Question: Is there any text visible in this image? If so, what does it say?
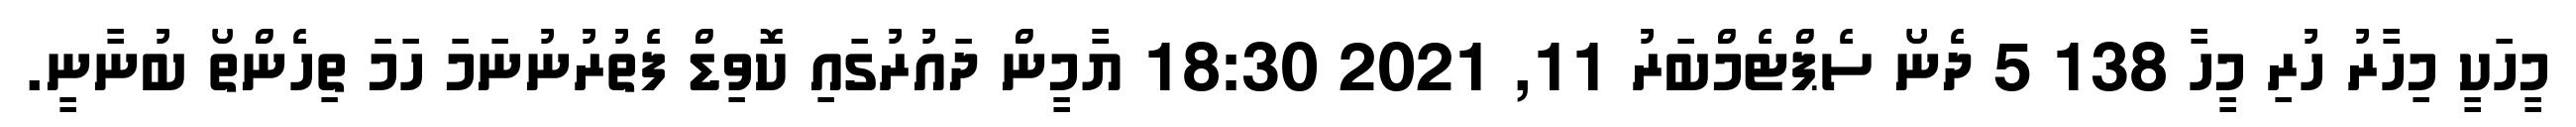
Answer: މީހަކީ މިހާރު ހުރި މީހާ 138 5 ދެނޯ ސެޕްޓެމްބަރު 11, 2021 18:30 ޔާމީން ދައުރުގައި ކޮވިޑް ފެތުރުނުނަމަ ހަމަ ތިހެންތޯ ބުނާނީ.